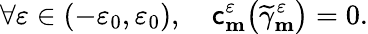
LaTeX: \forall\varepsilon\in(-\varepsilon_{0},\varepsilon_{0}),\quad\mathsf{c}_{\mathbf{{m}}}^{\varepsilon}\big(\widetilde{{\gamma}}_{\mathbf{{m}}}^{\varepsilon}\big)=0.